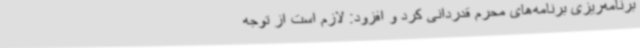
برنامه‌ریزی برنامه‌های محرم قدردانی کرد و افزود: لازم است از توجه